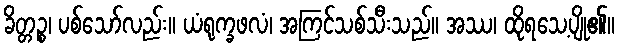
ခိတ္တဉ္စ၊ ပစ်သော်လည်း။ ယံရုက္ခဖလံ၊ အကြင်သစ်သီးသည်။ အဿ၊ ထိုရသေ့ပျို၏။